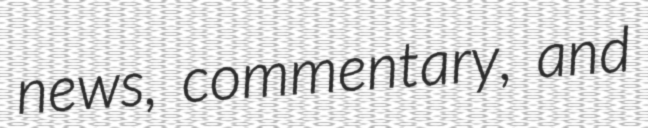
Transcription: news, commentary, and